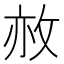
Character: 𢼜